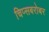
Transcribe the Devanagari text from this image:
चिप्सबरोबर